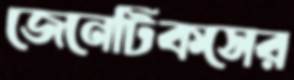
জেনেটিকসের